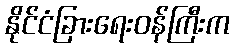
နိုင်ငံခြားရေးဝန်ကြီးက